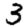
Digit: 3